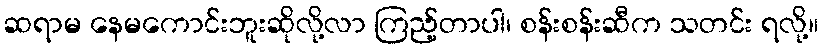
ဆရာမ နေမကောင်းဘူးဆိုလို့လာ ကြည့်တာပါ၊ စန်းစန်းဆီက သတင်း ရလို့။